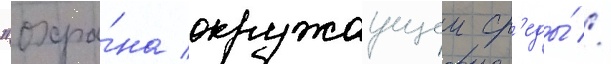
"охра́на окружаущеи ср'еды́ //